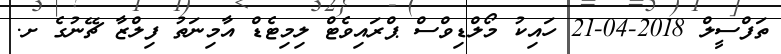
ތަފްސީލް 2018-04-21 ހައިކު މޯލްޑިވްސް ޕްރައިވެޓް ލިމިޓެޑް އާމިނަތު ފިލްޒާ ޗޭނުގެ ށ.